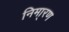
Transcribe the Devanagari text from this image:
निमा्रण